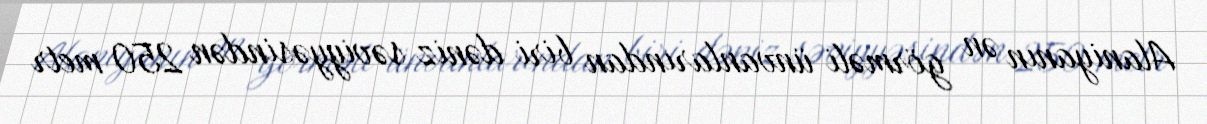
Alaniyanın ən görməli ünvanlarından biri dəniz səviyyəsindən 250 metr